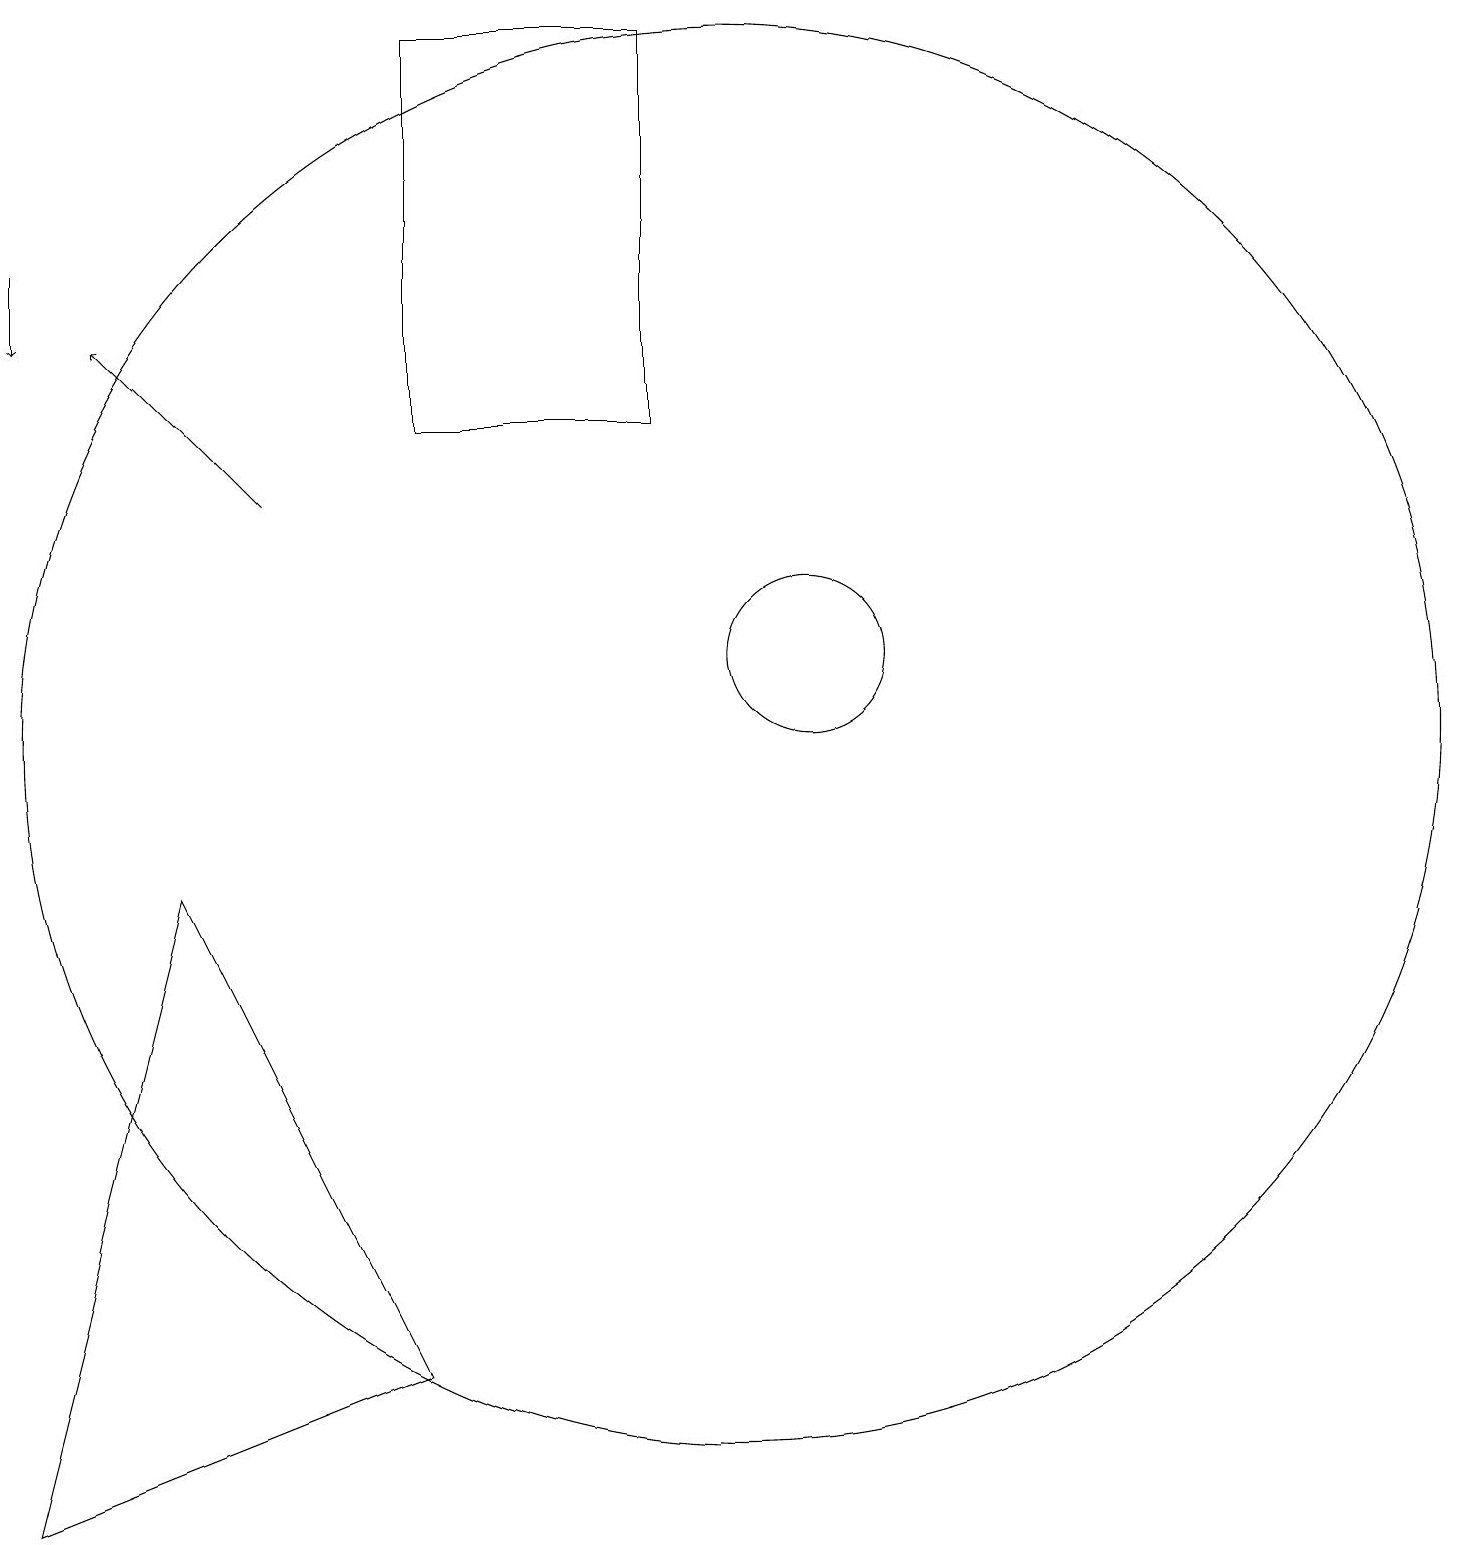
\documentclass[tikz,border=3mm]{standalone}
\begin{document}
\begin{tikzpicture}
\draw (10,10) circle (9);
\draw (1,0) -- (6,2) -- (3,8) -- cycle;
\draw (6,19) rectangle (9,14);
\draw (11,11) circle (1);
\draw[->] (4,13) -- (2,15);
\draw[->] (1,16) -- (1,15);
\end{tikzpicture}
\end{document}